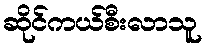
ဆိုင်ကယ်စီးလာသူ